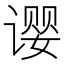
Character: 𬤚